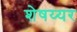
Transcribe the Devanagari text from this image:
शेषय्यर